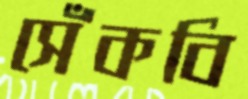
সেঁকবি